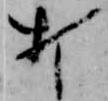
打